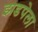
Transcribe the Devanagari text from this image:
झडपेला